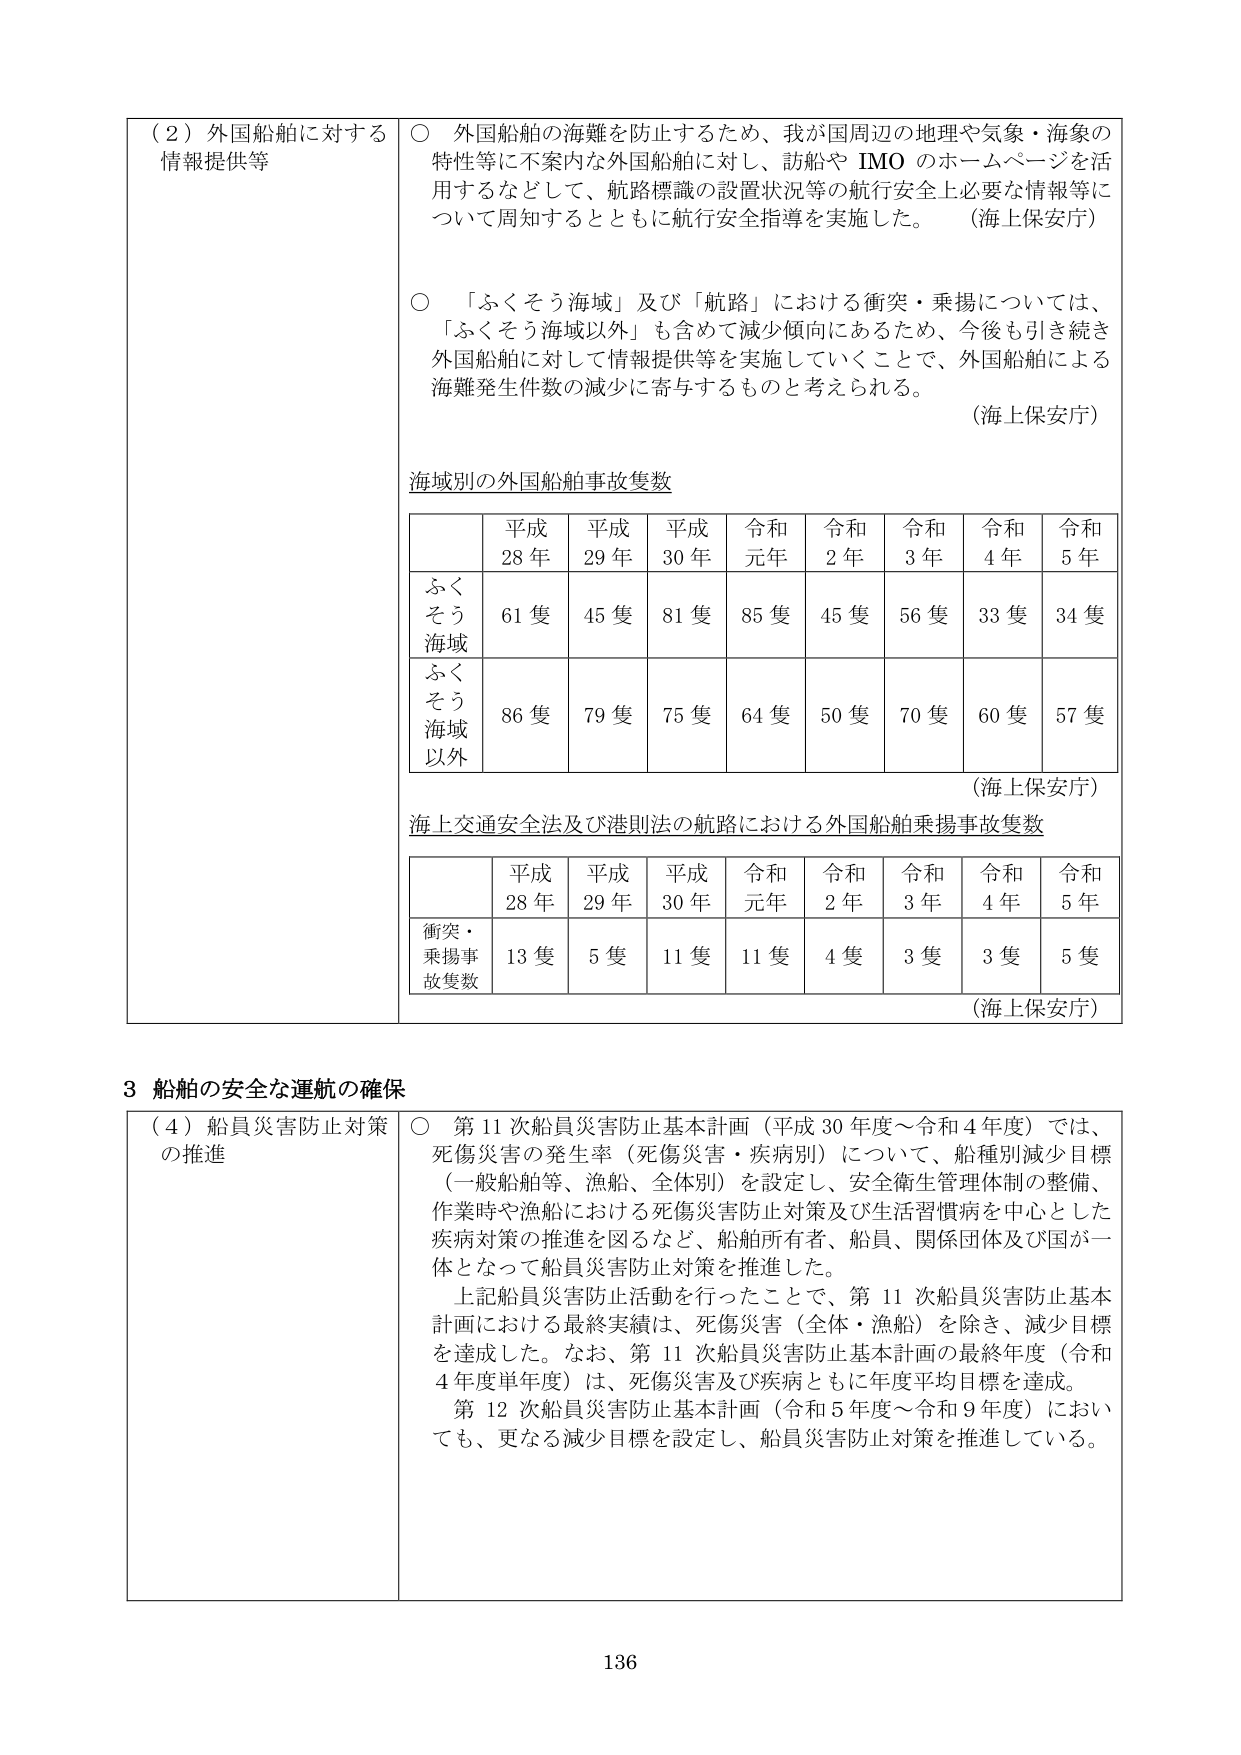
（２）外国船舶に対する情報提供等

○ 外国船舶の海難を防止するため、我が国周辺の地理や気象・海象の特性等に不案内な外国船舶に対し、訪船や IMO のホームページを活用するなどして、航路標識の設置状況等の航行安全上必要な情報等について周知するとともに航行安全指導を実施した。（海上保安庁）

○ 「ふくそう海域」及び「航路」における衝突・乗揚については、「ふくそう海域以外」も含めて減少傾向にあるため、今後も引き続き外国船舶に対して情報提供等を実施していくことで、外国船舶による海難発生件数の減少に寄与するものと考えられる。（海上保安庁）

海域別の外国船舶事故隻数

| | 平成28年 | 平成29年 | 平成30年 | 令和元年 | 令和2年 | 令和3年 | 令和4年 | 令和5年 |
|---|---|---|---|---|---|---|---|---|
| ふくそう海域 | 61隻 | 45隻 | 81隻 | 85隻 | 45隻 | 56隻 | 33隻 | 34隻 |
| ふくそう海域以外 | 86隻 | 79隻 | 75隻 | 64隻 | 50隻 | 70隻 | 60隻 | 57隻 |

（海上保安庁）

海上交通安全法及び港則法の航路における外国船舶乗揚事故隻数

| | 平成28年 | 平成29年 | 平成30年 | 令和元年 | 令和2年 | 令和3年 | 令和4年 | 令和5年 |
|---|---|---|---|---|---|---|---|---|
| 衝突・乗揚事故隻数 | 13隻 | 5隻 | 11隻 | 11隻 | 4隻 | 3隻 | 3隻 | 5隻 |

（海上保安庁）

３ 船舶の安全な運航の確保

（４）船員災害防止対策の推進

○ 第11次船員災害防止基本計画（平成30年度～令和4年度）では、死傷災害の発生率（死傷災害・疾病別）について、船種別減少目標（一般船舶等、漁船、全体別）を設定し、安全衛生管理体制の整備、作業時や漁船における死傷災害防止対策及び生活習慣病を中心とした疾病対策の推進を図るなど、船舶所有者、船員、関係団体及び国が一体となって船員災害防止対策を推進した。

上記船員災害防止活動を行ったことで、第11次船員災害防止基本計画における最終実績は、死傷災害（全体・漁船）を除き、減少目標を達成した。なお、第11次船員災害防止基本計画の最終年度（令和4年度単年度）は、死傷災害及び疾病ともに年度平均目標を達成。

第12次船員災害防止基本計画（令和5年度～令和9年度）においても、更なる減少目標を設定し、船員災害防止対策を推進している。

136